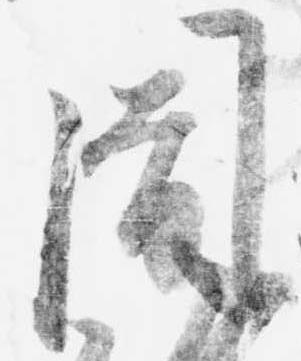
周